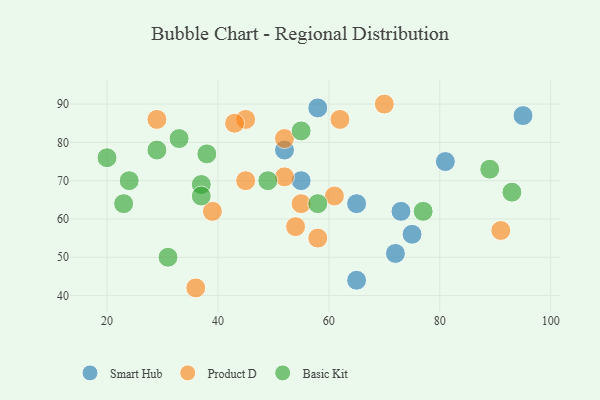
{"axis": {"x": "GDP", "y": "Life Expectancy"}, "legend": ["Basic Kit", "Product D", "Smart Hub"], "data": [{"x": "55", "y": 70, "type": "Smart Hub"}, {"x": "73", "y": 62, "type": "Smart Hub"}, {"x": "65", "y": 44, "type": "Smart Hub"}, {"x": "72", "y": 51, "type": "Smart Hub"}, {"x": "58", "y": 89, "type": "Smart Hub"}, {"x": "81", "y": 75, "type": "Smart Hub"}, {"x": "52", "y": 78, "type": "Smart Hub"}, {"x": "65", "y": 64, "type": "Smart Hub"}, {"x": "75", "y": 56, "type": "Smart Hub"}, {"x": "95", "y": 87, "type": "Smart Hub"}, {"x": "36", "y": 42, "type": "Product D"}, {"x": "61", "y": 66, "type": "Product D"}, {"x": "45", "y": 86, "type": "Product D"}, {"x": "62", "y": 86, "type": "Product D"}, {"x": "54", "y": 58, "type": "Product D"}, {"x": "91", "y": 57, "type": "Product D"}, {"x": "70", "y": 90, "type": "Product D"}, {"x": "55", "y": 64, "type": "Product D"}, {"x": "58", "y": 55, "type": "Product D"}, {"x": "29", "y": 86, "type": "Product D"}, {"x": "52", "y": 81, "type": "Product D"}, {"x": "52", "y": 71, "type": "Product D"}, {"x": "39", "y": 62, "type": "Product D"}, {"x": "45", "y": 70, "type": "Product D"}, {"x": "43", "y": 85, "type": "Product D"}, {"x": "38", "y": 77, "type": "Basic Kit"}, {"x": "77", "y": 62, "type": "Basic Kit"}, {"x": "23", "y": 64, "type": "Basic Kit"}, {"x": "24", "y": 70, "type": "Basic Kit"}, {"x": "89", "y": 73, "type": "Basic Kit"}, {"x": "58", "y": 64, "type": "Basic Kit"}, {"x": "29", "y": 78, "type": "Basic Kit"}, {"x": "31", "y": 50, "type": "Basic Kit"}, {"x": "55", "y": 83, "type": "Basic Kit"}, {"x": "37", "y": 69, "type": "Basic Kit"}, {"x": "37", "y": 66, "type": "Basic Kit"}, {"x": "33", "y": 81, "type": "Basic Kit"}, {"x": "49", "y": 70, "type": "Basic Kit"}, {"x": "20", "y": 76, "type": "Basic Kit"}, {"x": "93", "y": 67, "type": "Basic Kit"}]}